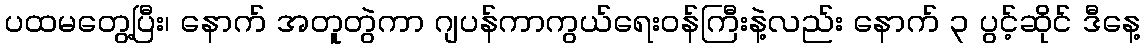
ပထမတွေ့ပြီး၊ နောက် အတူတွဲကာ ဂျပန်ကာကွယ်ရေးဝန်ကြီးနဲ့လည်း နောက် ၃ ပွင့်ဆိုင် ဒီနေ့